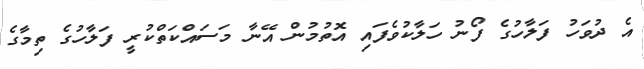
އެ ދުވަހު ފަލާހުގެ ފޯނު ހަލާކުވެފައި އޮތުމުން އޭނާ މަސައްކަތްކުރީ ފަލާހުގެ ތިމާގެ